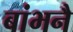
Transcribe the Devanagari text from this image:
बांभनै